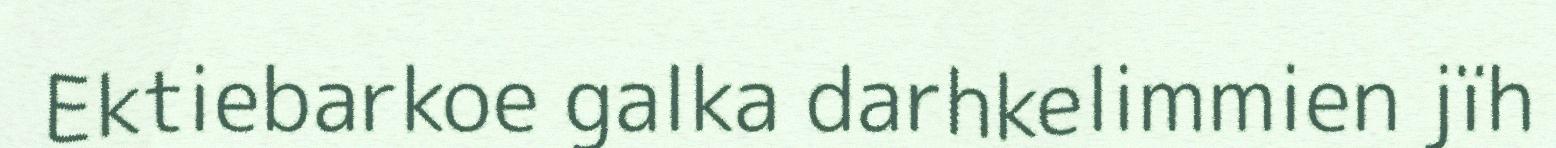
Ektiebarkoe galka darhkelimmien jïh